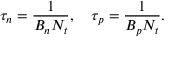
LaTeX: \tau _ { n } = { \frac { 1 } { B _ { n } N _ { t } } } , \quad \tau _ { p } = { \frac { 1 } { B _ { p } N _ { t } } } .